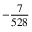
- \frac { 7 } { 5 2 8 }